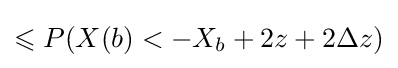
\leqslant P(X(b)<-X_{b}+2z+2\Delta z)